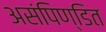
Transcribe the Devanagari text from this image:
असंपिण्डित